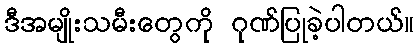
ဒီအမျိုးသမီးတွေကို ဂုဏ်ပြုခဲ့ပါတယ်။